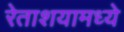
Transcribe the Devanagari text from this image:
रेताशयामध्ये